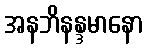
အနဘိနန္ဒမာနော